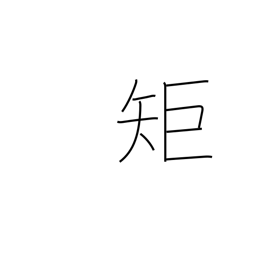
Meaning: ruler